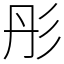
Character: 彤